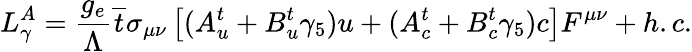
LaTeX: L_{\gamma}^{A}=\frac{g_{e}}{\Lambda}\overline{{{t}}}\sigma_{\mu\nu}\left[(A_{u}^{t}+B_{u}^{t}\gamma_{5})u+(A_{c}^{t}+B_{c}^{t}\gamma_{5})c\right]F^{\mu\nu}+h.c.